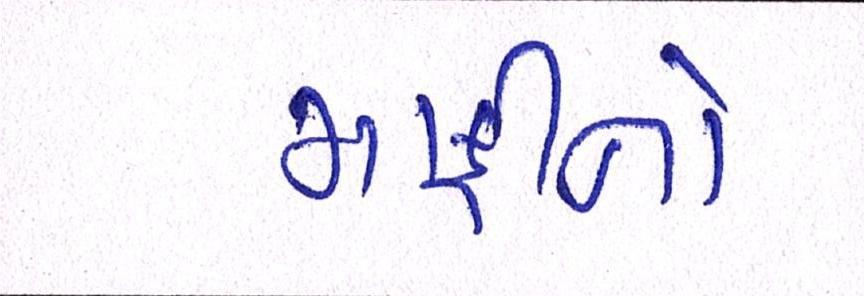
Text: માફીનો